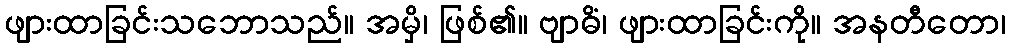
ဖျားထာခြင်းသဘောသည်။ အမှိ၊ ဖြစ်၏။ ဗျာဓိံ၊ ဖျားထာခြင်းကို။ အနတီတော၊